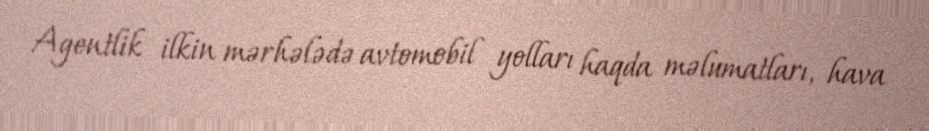
Agentlik ilkin mərhələdə avtomobil yolları haqda məlumatları, hava